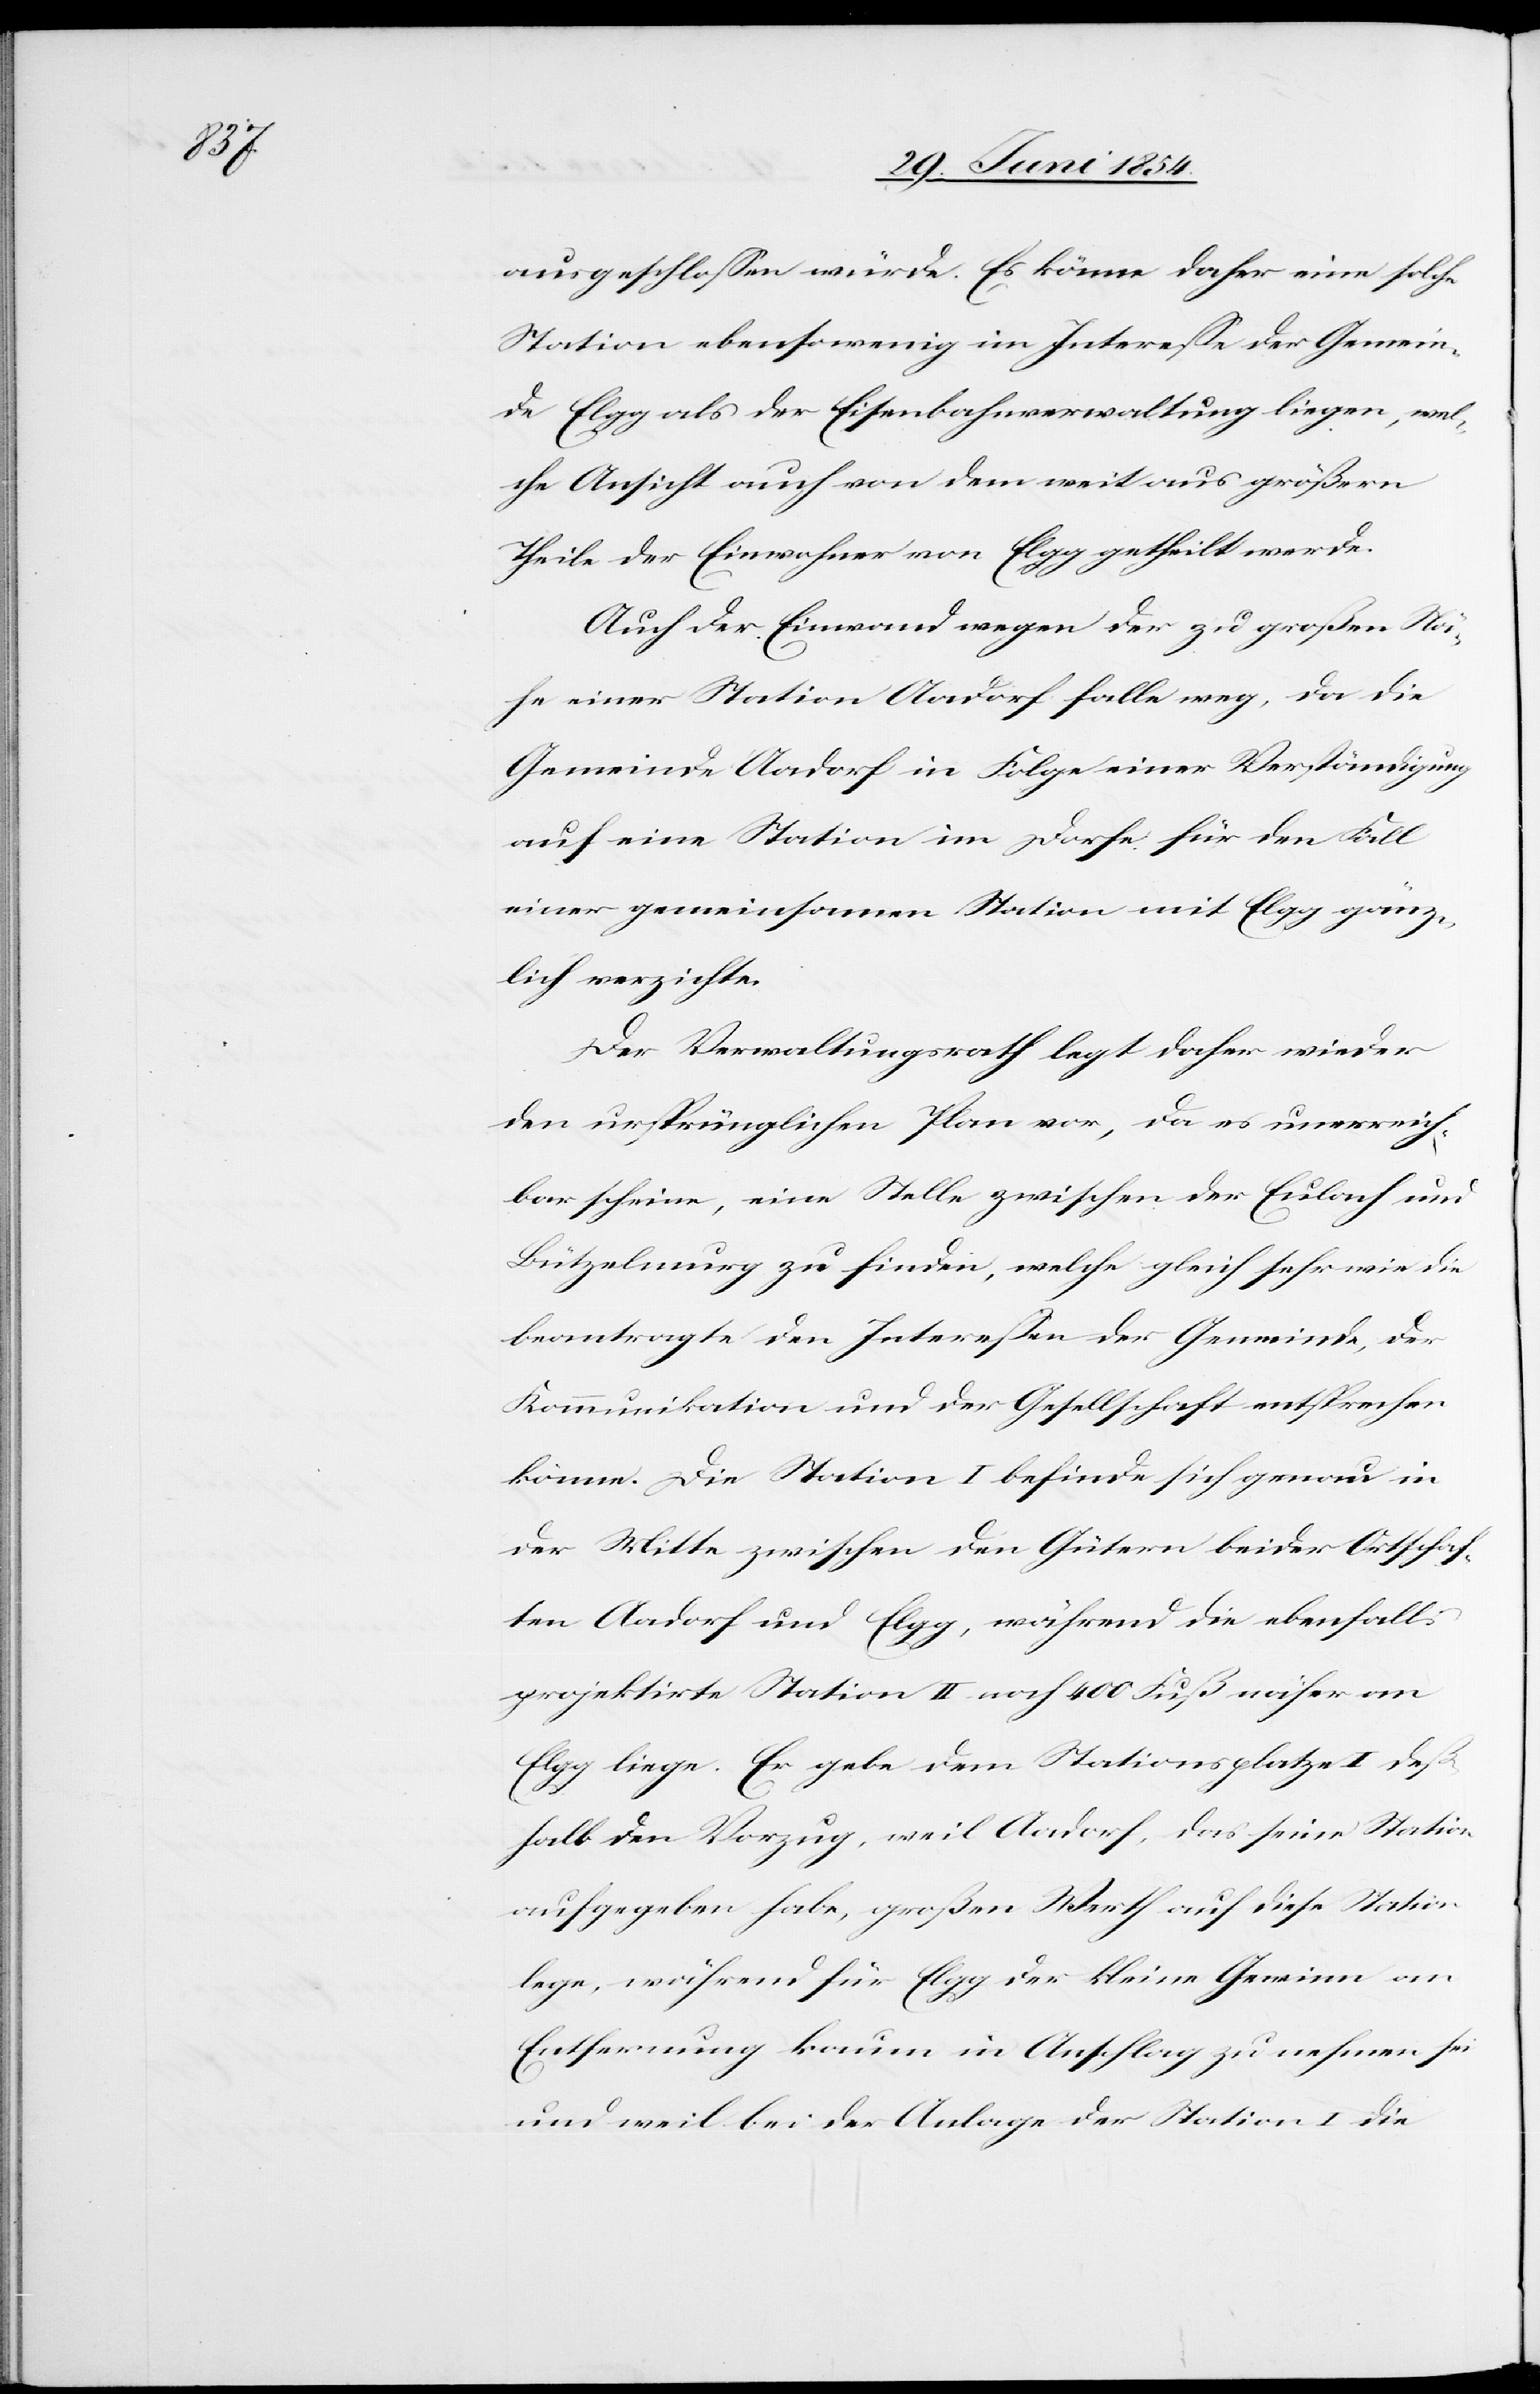
ausgeschloßen würde. Es könne daher eine solche
Station ebenso wenig im Intereße der Gemein¬
de Elgg als der Eisenbahnverwaltung liegen, wel¬
che Ansicht auch von dem weitaus größern
Theile der Einwohner von Elgg getheilt werde.
Auch der Einwand wegen der zu großen Nä¬
he einer Station Aadorf falle weg, da die
Gemeinde Aadorf in Folge einer Verständigung
auf eine Station im Dorfe für den Falle
einer gemeinsamen Station mit Elgg gänz¬
lich verzichte.
Der Verwaltungsrath legt daher wieder
den ursprünglichen Plan vor, da es unerreich¬
bar scheine, eine Stelle zwischen der Eulach und
Bützelmurg zu finden, welche gleich sehr wie die
beantragte den Intereße der Gemeinde, der
Kommunikation und der Gesellschaft entsprechen
könne. Die Station I befinde sich genau in
der Mitte zwischen den Gütern beider Ortschaf¬
ten Aadorf und Elgg, während die ebenfalls
projektirte Station II noch 400 Fuß näher an
Elgg liege. Er geben dem Stationsplatze I deß¬
halb den Vorzug, weil Aadorf, das seine Station
aufgegeben habe, großen Werth auf diese Station
lege, während für Elgg der kleine Gewinn an
Entfernung kaum in Anschlag zu nehmen sei
und weil bei der Anlage der Station I die